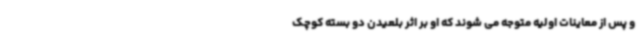
و پس از معاینات اولیه متوجه می شوند که او بر اثر بلعیدن دو بسته کوچک